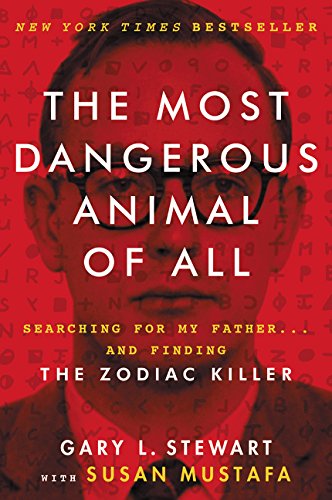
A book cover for The Most Dangerous Animal of All: Searching for My Father . . . and Finding the Zodiac Killer; Gary L. Stewart; Biographies & Memoirs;